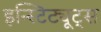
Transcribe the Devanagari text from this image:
इन्स्टिट्यूट्‌स